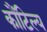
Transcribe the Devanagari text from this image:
कौंटिल्य